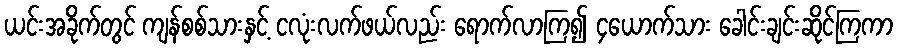
ယင်းအခိုက်တွင် ကျန်စစ်သားနှင့် ငလုံးလက်ဖယ်လည်း ရောက်လာကြ၍ ၄ယောက်သား ခေါင်းချင်းဆိုင်ကြကာ